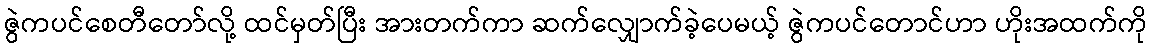
ဇွဲကပင်စေတီတော်လို့ ထင်မှတ်ပြီး အားတက်ကာ ဆက်လျှောက်ခဲ့ပေမယ့် ဇွဲကပင်တောင်ဟာ ဟိုးအထက်ကို